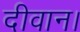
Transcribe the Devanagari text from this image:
दीवान।